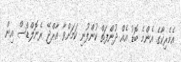
އެމެރިކާގެ އެންމެ ބޮޑު އެއް ދުންފަތް ކުންފުނި ކަމަށްވާ އާރްޖޭ ރެނޮލްޑްސް އިން